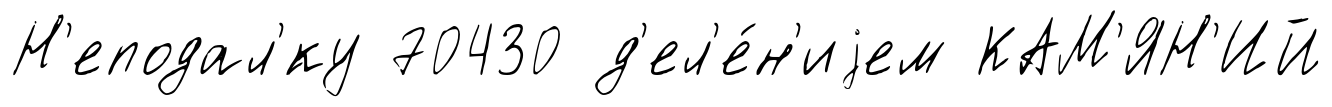
Н'еподал'́ку 70430 д'ел'е́н'иjем КАМ'ЯН'ИЙ